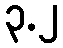
၃.၂